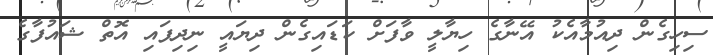
ސިހިގެން ދިއުމާއެކު އޭނާގެ ހިޔާލީ ވާފަށް ކަޑައިގެން ދިޔައީ ނިދިފައި އޮތް ޝައުފާގެ